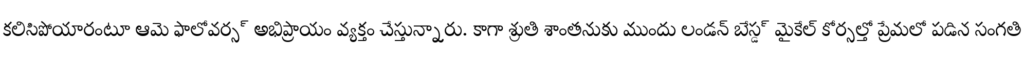
కలిసిపోయారంటూ ఆమె ఫాలోవర్స్ అభిప్రాయం వ్యక్తం చేస్తున్నారు. కాగా శ్రుతి శాంతనుకు ముందు లండన్ బేస్డ్ మైకేల్ కోర్సల్తో ప్రేమలో పడిన సంగతి